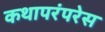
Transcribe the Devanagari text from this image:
कथापरंपरेस